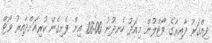
ދިއްގަރު ދާއިރާގެ ވޯޓްލުން މިއަދު ހެނދުނު 08:00 އިން ފެށިގެން ކުރިއަށްދާއިރު ވޯޓް